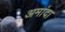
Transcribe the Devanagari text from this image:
अमांदा